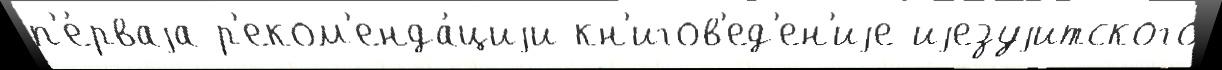
п'е́рваjа р'еком'енда́циjи кн'игов'ед'ен'иjе иjезуjитского